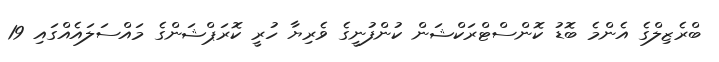
ބްރެޒިލްގެ އެންމެ ބޮޑު ކޮންސްޓްރަކްޝަން ކުންފުނީގެ ވެރިޔާ ހުރީ ކޮރަޕްޝަންގެ މައްސަލައެއްގައި 19